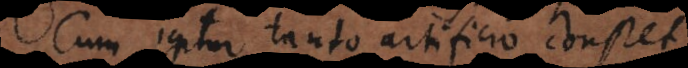
Cum igitur tanto artificio constet,